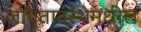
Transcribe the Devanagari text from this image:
जागृतावस्थेमधील